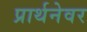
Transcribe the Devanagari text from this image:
प्रार्थनेवर